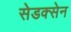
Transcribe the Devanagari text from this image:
सेडक्सेन